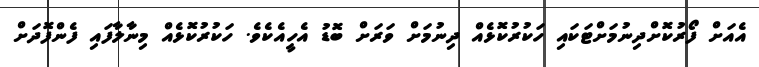
އެއަށް ފޯރުކޮށްދިނުމަށްޓަކައި ހަކުރުކޮޅެއް ދިނުމަށް ވަރަށް ބޮޑު އެހީއެކެވެ. ހަކުރުކޮޅެއް މިނާލާފައި ފެންފޮދަށް